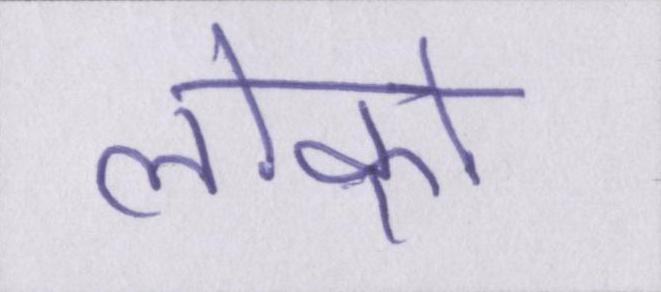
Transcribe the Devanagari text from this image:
लोको